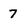
Character: 7